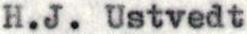
H.J. Ustvedt